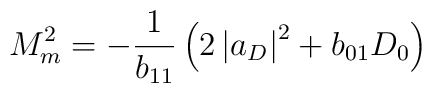
M_{m}^{2}=-\frac{1}{b_{11}}\left( 2\left| a_{D}\right| ^{2}+{b}_{01}D_0\right)